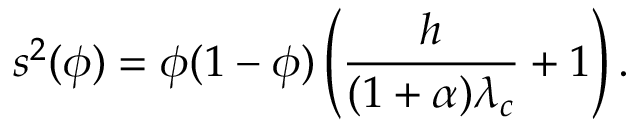
s ^ { 2 } ( \phi ) = \phi ( 1 - \phi ) \left( \frac { h } { ( 1 + \alpha ) \lambda _ { c } } + 1 \right) .